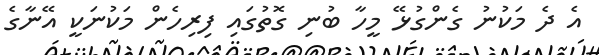
އެ ދެ މަކުނު ގެންގުޅޭ މީހާ ބުނި ގޮތުގައި ފިރިހެން މަކުނަކީ އޭނާގެ